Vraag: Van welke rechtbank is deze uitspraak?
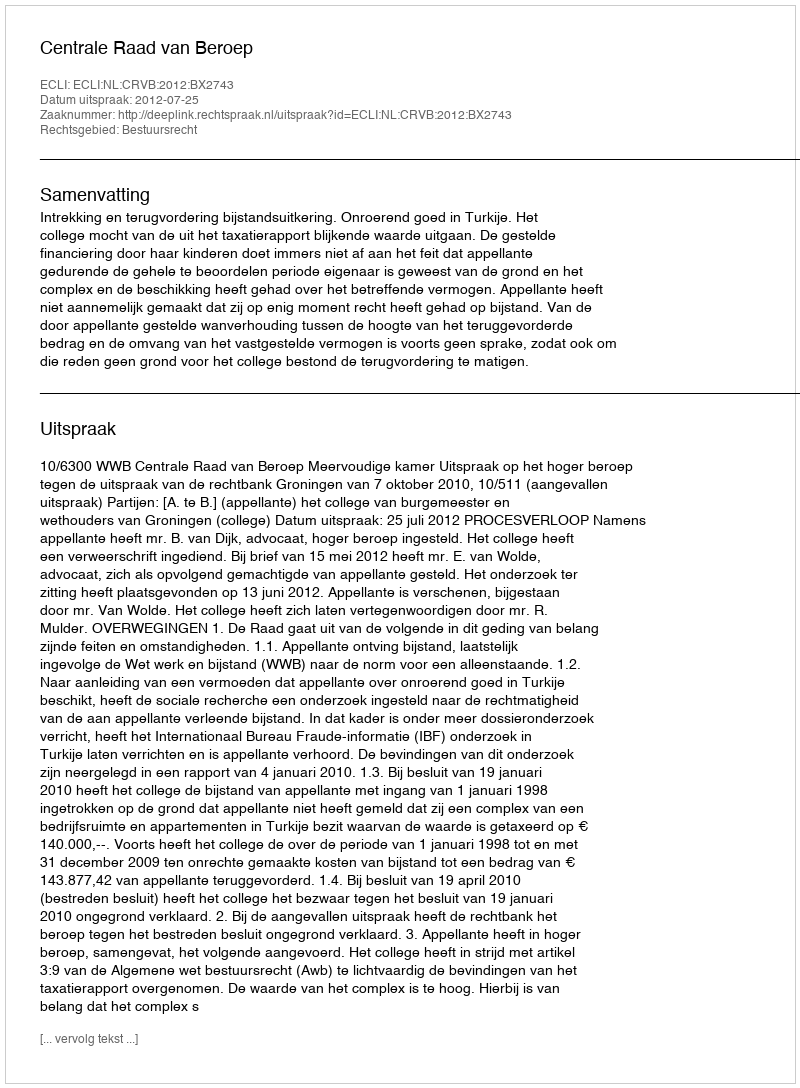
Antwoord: Centrale Raad van Beroep